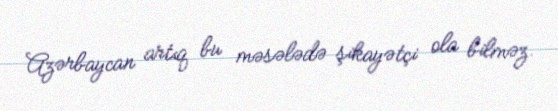
Azərbaycan artıq bu məsələdə şikayətçi ola bilməz.